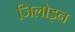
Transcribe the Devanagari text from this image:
जिलोइन